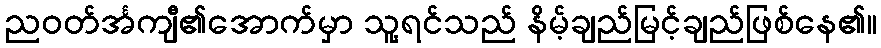
ညဝတ်င်္အကျီ၏အောက်မှာ သူ့ရင်သည် နိမ့်ချည်မြင့်ချည်ဖြစ်နေ၏။